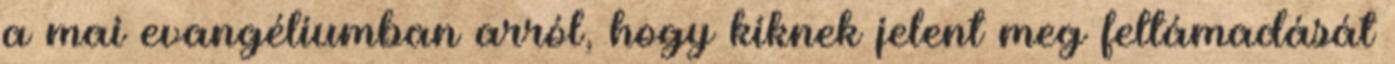
a mai evangéliumban arról, hogy kiknek jelent meg feltámadását